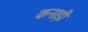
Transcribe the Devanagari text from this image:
कनाड़ी